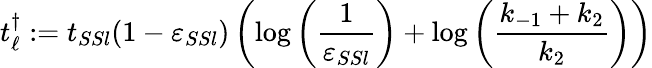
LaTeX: t_{\ell}^{\dagger}:=t_{SSl}(1-\varepsilon_{SSl})\left(\log\left(\frac{1}{\varepsilon_{SSl}}\right)+\log\left(\frac{k_{-1}+k_{2}}{k_{2}}\right)\right)